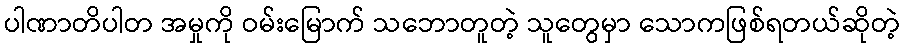
ပါဏာတိပါတ အမှုကို ဝမ်းမြောက် သဘောတူတဲ့ သူတွေမှာ သောကဖြစ်ရတယ်ဆိုတဲ့